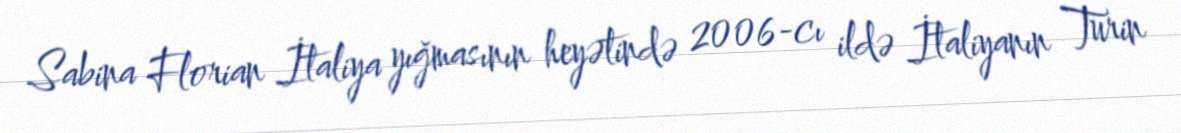
Sabina Florian İtaliya yığmasının heyətində 2006-cı ildə İtaliyanın Turin